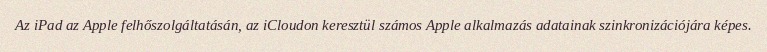
Az iPad az Apple felhőszolgáltatásán, az iCloudon keresztül számos Apple alkalmazás adatainak szinkronizációjára képes.